Annual report on the working of the mental hospitals in the Madras Presidency - 1912-1932
Year: 1912
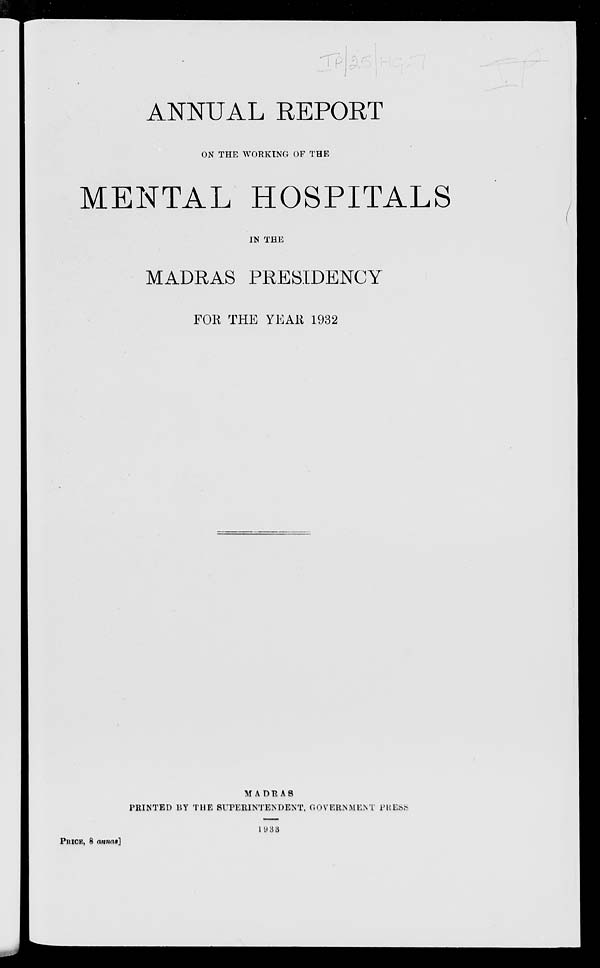
ANNUAL REPORT
ON THE WORKING OF THE
MENTAL HOSPITALS
IN THE
MADRAS PRESIDENCY
FOR THE YEAR 1932
MADRAS
PRINTED BY THE SUPERINTENDENT, GOVERNMENT PRESS
PRICE, 8 annas]